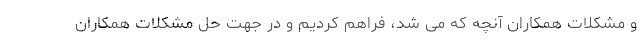
و مشکلات همکاران آنچه که می شد، فراهم کردیم و در جهت حل مشکلات همکاران